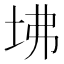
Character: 坲